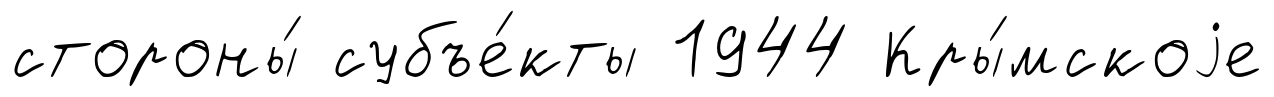
стороны́ субъе́кты 1944 Кры́мскоjе